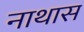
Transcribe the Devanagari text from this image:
नाथास